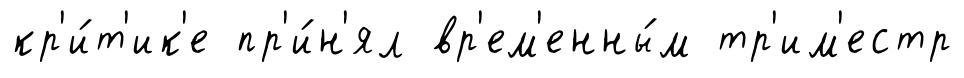
кр'и́т'ик'е пр'и́н'ял вр'ем'енны́м тр'им'естр